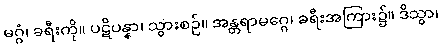
မဂ္ဂံ၊ ခရီးကို။ ပဋိပန္နာ၊ သွားစဉ်။ အန္တရာမဂ္ဂေ၊ ခရီးအကြား၌။ ဒိသွာ၊